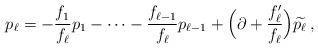
LaTeX: \begin{align*}p_\ell=-\frac{f_1}{f_\ell}p_1-\dots-\frac{f_{\ell-1}}{f_\ell}p_{\ell-1}+\Big(\partial+\frac{f_\ell^\prime}{f_\ell}\Big)\widetilde{p_{\ell}}\,,\end{align*}